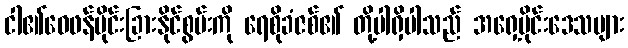
ငါ၏ဝေဖန်ပိုင်းခြားနိုင်စွမ်းကို ရေစိုခံဇစ်၏ တို့ပါရှိပါသည် အရှေ့ပိုင်းဒေသများ